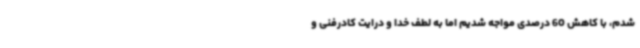
شدم، با کاهش 60 درصدی مواجه شدیم اما به لطف خدا و درایت کادرفنی و